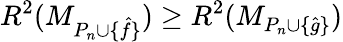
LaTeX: R^{2}(M_{P_{n}\cup\{ \hat{f}\} })\geq R^{2}(M_{P_{n}\cup\{ \hat{g}\} })